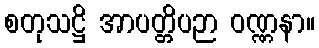
စတုသဋ္ဌိ အာပတ္တိပဉာ ဝဏ္ဏနာ။